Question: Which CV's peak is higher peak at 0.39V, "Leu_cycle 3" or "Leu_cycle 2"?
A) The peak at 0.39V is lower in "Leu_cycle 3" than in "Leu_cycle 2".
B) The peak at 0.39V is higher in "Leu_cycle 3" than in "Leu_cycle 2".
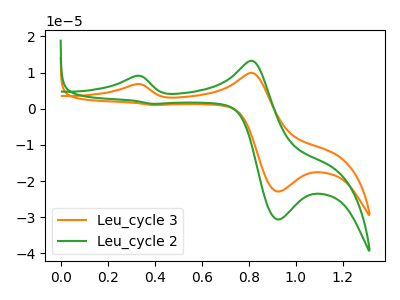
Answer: <think>The orange curve "Leu_cycle 3" has anodic peaks at (0.30V, 6.80uA) (0.80V, 9.90uA) and cathodic peaks at (0.95V, -22.90uA) (0.40V, 1.00uA). The green curve "Leu_cycle 2" has anodic peaks at (0.30V, 9.10uA) (0.80V, 13.25uA) and cathodic peaks at (0.95V, -30.65uA) (0.40V, 1.35uA).</think>
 <answer>B) The peak at 0.39V is higher in "Leu_cycle 3" than in "Leu_cycle 2".</answer>
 <eval>B</eval>